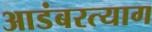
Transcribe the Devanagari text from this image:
आडंबरत्याग